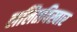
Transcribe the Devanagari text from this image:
ललितविस्वार